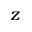
z